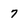
Character: 7